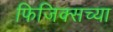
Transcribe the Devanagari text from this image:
फिजिक्सच्या